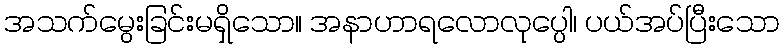
အသက်မွေးခြင်းမရှိသော။ အနာဟာရလောလုပ္ပေါ၊ ပယ်အပ်ပြီးသော